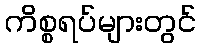
ကိစ္စရပ်များတွင်